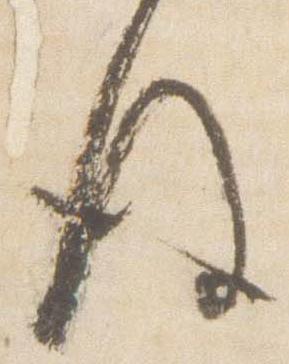
後